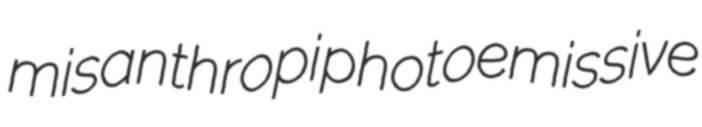
misanthropi photoemissive